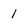
Character: 1